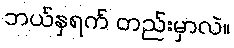
ဘယ်နှရက် တည်းမှာလဲ။